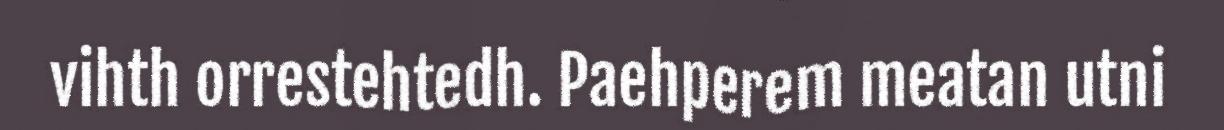
vihth orrestehtedh. Paehperem meatan utni